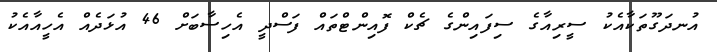
އުނދަގޫތަކާއެކު ސީރިއާގެ ސިފައިންގެ ޗެކް ފޮއިންޓްތައް ފަސްދީ އެހިސާބަށް 46 އުޅަދެއް އެހީއާއެކު